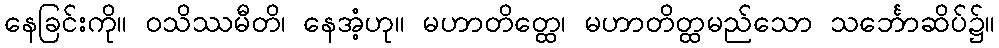
နေခြင်းကို။ ဝသိဿမီတိ၊ နေအံ့ဟု။ မဟာတိတ္ထေ၊ မဟာတိတ္ထမည်သော သင်္ဘောဆိပ်၌။